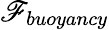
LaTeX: \mathscr{F}_{buoyancy}